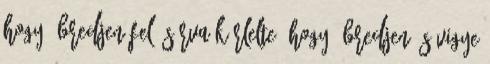
hogy ébredjen fel, sírva kérlelte, hogy ébredjen és vigye